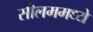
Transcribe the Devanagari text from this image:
सीलममध्ये